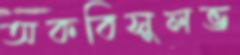
অকবিসুলভ